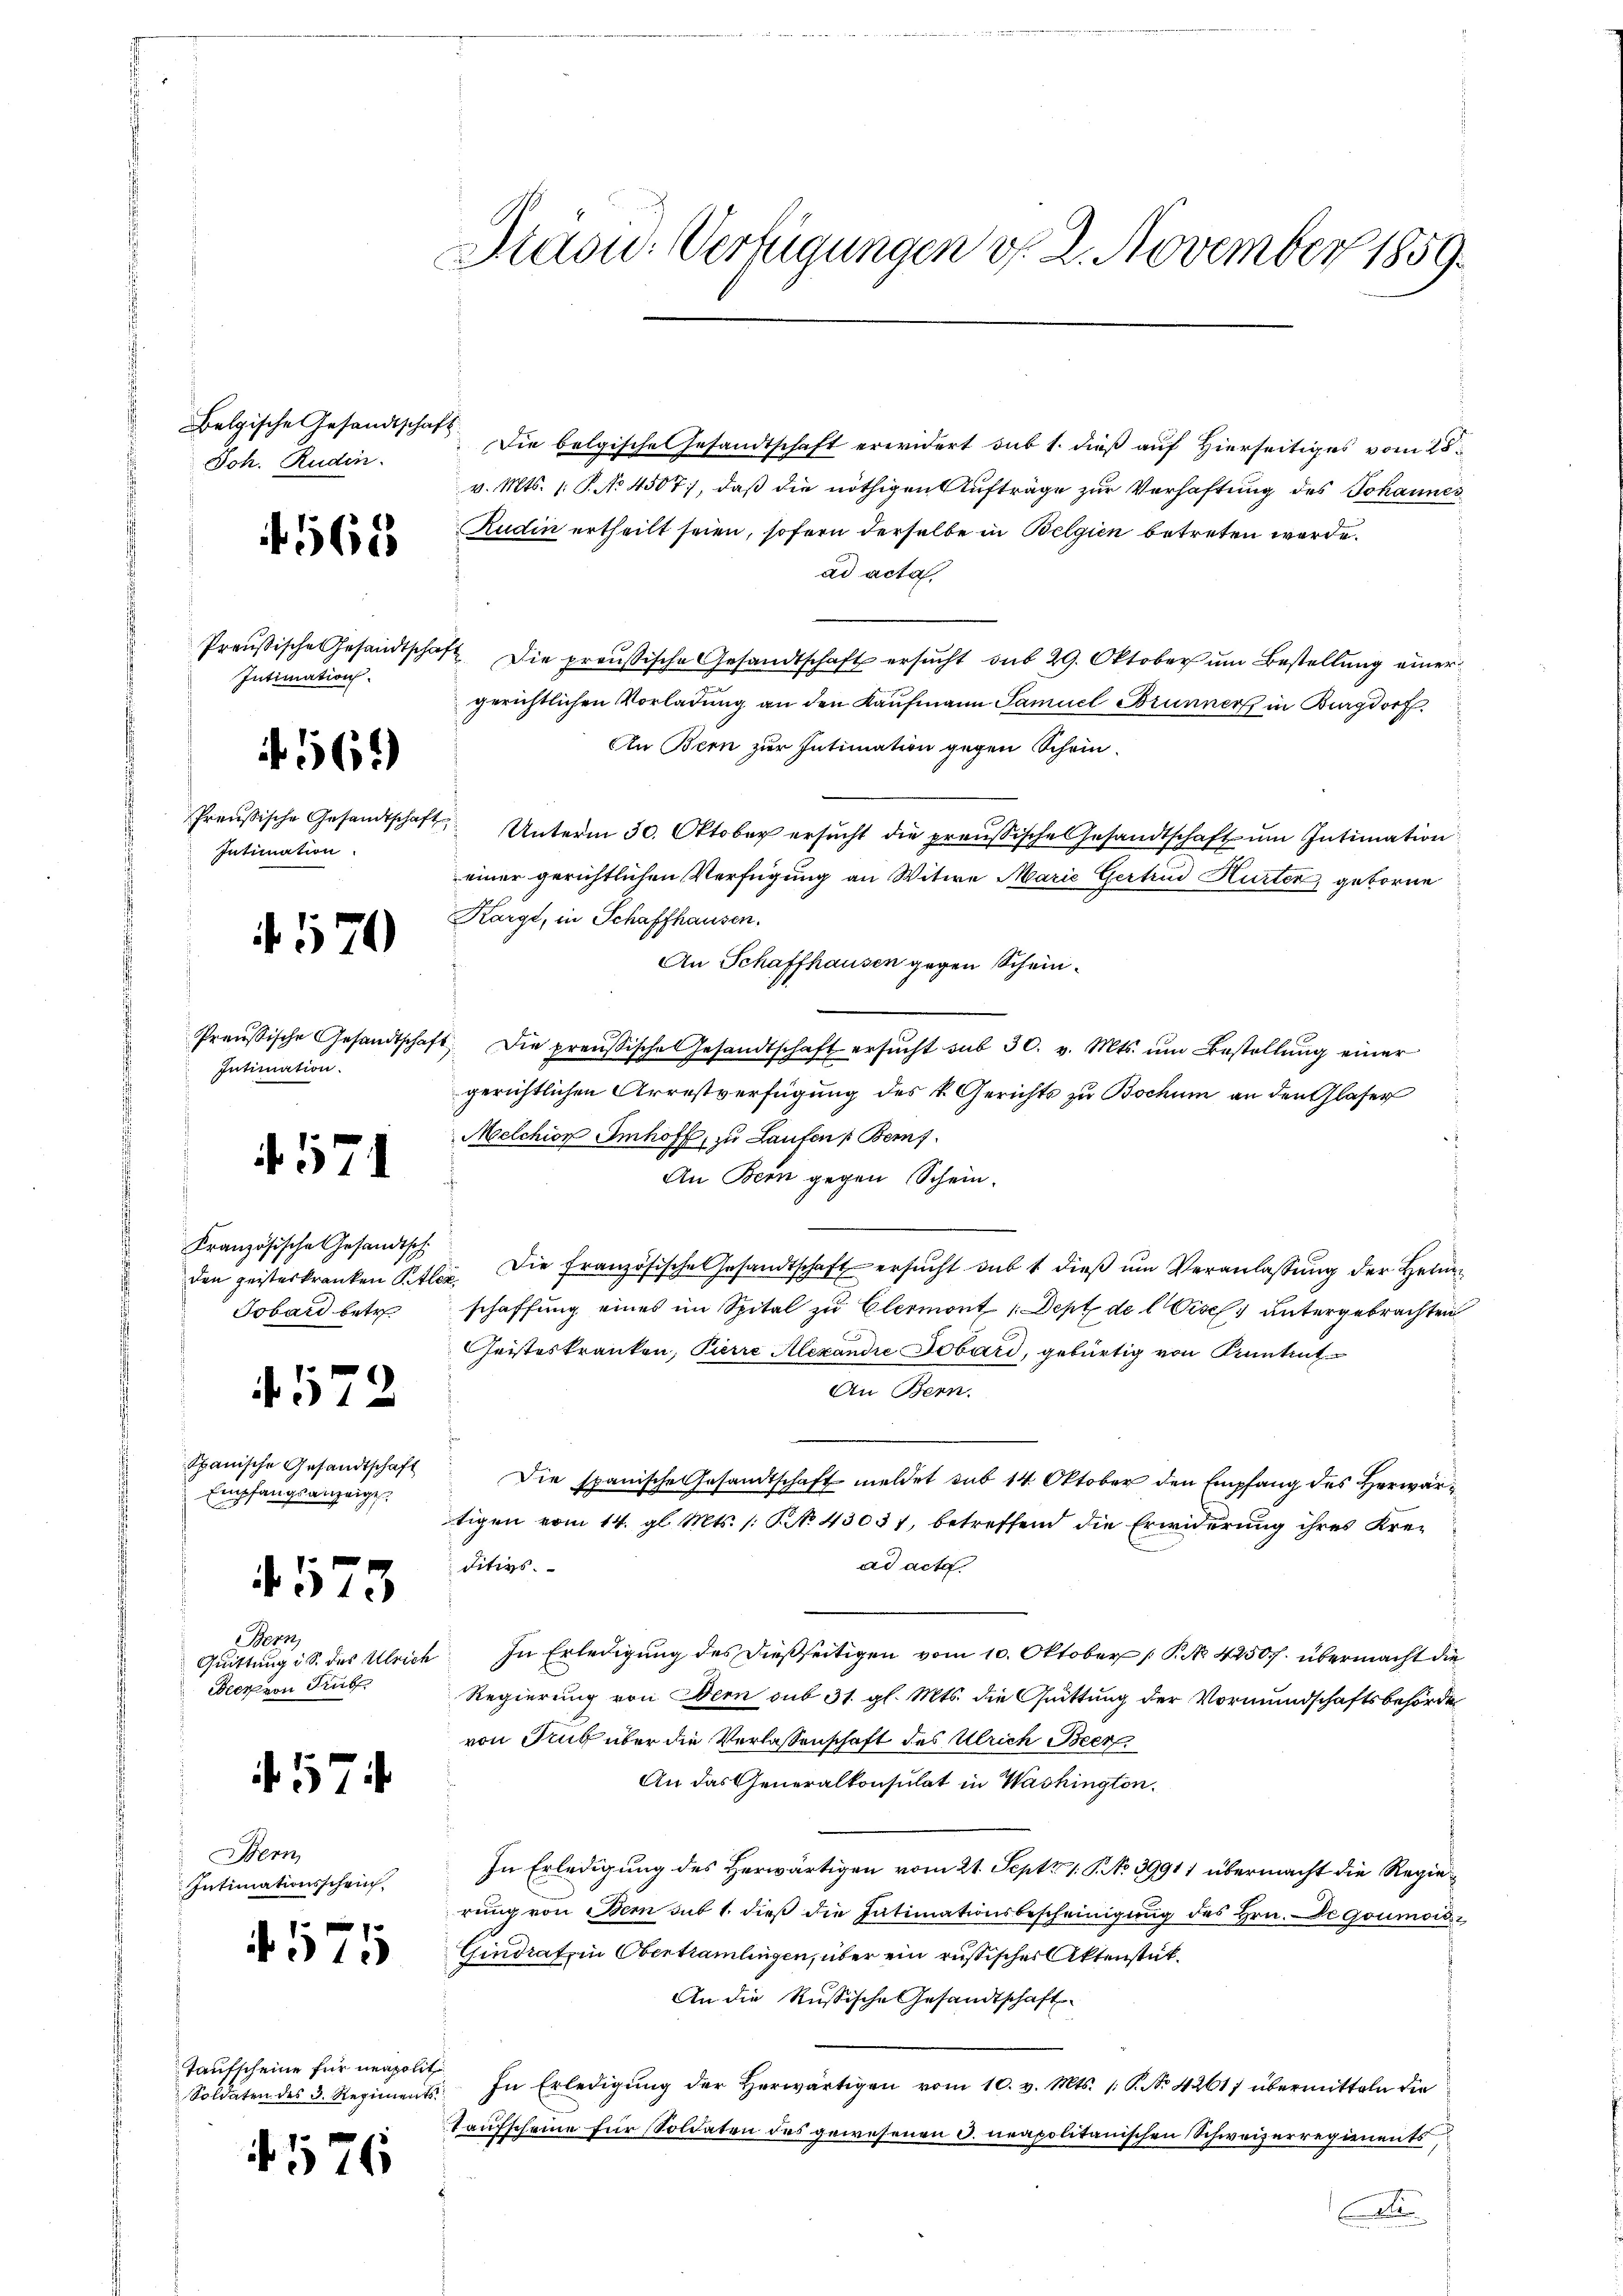
Belgische Gesandtschaft.
Joh. Ruden.

565

Preußische Gesandtsche
Intimation.

165

Intimation.

170

Intimation.

f. 571

Französische Gesandtsch
den geisteskranken Ste
Jobard betr

572

Spanische Gesandtschaft
Empfangsanzeige

4573

Bern
Quittung i S. des Ulrich
Meer von Trib

574

Bern
Intimationsschein

. 575

Taufscheine für neapoliti

f. 576

Stasu. Verfügungen v. 2. November 1859.

Die belgische Gesandtschaft erwidert sub 1. dieß auf Hierseitiges vom 28.
v. Mts. 1. P. No 4507), daß die nöthigen Aufträge zur Verhaftung des Johannes
Rudin ertheilt seien, sofern derselbe in Belgien betreten werde.
ad acta,
2 Die preußische Gesandtschaft ersucht sub 29. Oktober um Bestellung einer
gerichtlichen Vorladung an den Kaufmann Samuel Brunner in Burgdor
An Bern zur Intimation gegen Schein.
Preußische Gesandtschaft Unterm 30. Oktober ersŭcht die preußische Gesandtschaft ŭm Intimation
einer gerichtlichen Verfügung an Witwe Marie Gertrud Hurter, geborne
Kargt, in Schaffhausen.
An Schaffhausen gegen Schein¬
Preußische Gesandtschaft. Die preußische Gesandtschaft ersŭcht sub 30. v. Mts. ŭm Bestellŭng einer
gerichtlichen Arrestverfügung des k. Gerichts zu Bochum an den Glaser
Melchion Imhoff, zu Laufen Bem
An Bern gegen Schein.
s
die. Die französische Gesandtschaft ersucht sub 1 dieß um Veranlassung der Heinschaffung eines im Spital zu Clermont (Dept de l. Visch untergebrachten
Geisteskranken, Pierre Alexandre Dobard, gebürtig von Kenntent
An Bern.
Die spanische Gesandtschaft meldet sub 14. Oktober den Empfang des Herwärtigen vom 14. gl. Mts. /: No 43037, betreffend die Erwiderung ihres Kread acta
Fitizs
 In Erledigung des dießseitigen vom 10. Oktober 1 P. No. 4250 f. übermacht die
Regierung von Bern sub 31. gl. Mts. die Quittung der Vormundschaftsbehörder
von Ruf über die Verlassenschaft des Ulrich Beer
An das Generalkonsulat in Washington.
In Erledigung des Herwärtigen vom 21. Sept 1. N. No 39911 übermacht die Regierŭng von Bem sub 1. dieβ die Intimationsbescheinigŭng des Hrn. De Goumois¬
Gindratzin Obertramlingen, über ein russischer Aktenstük¬
An die Russische Gesandtschaft
Soldaten des 3. Regiments. In Erledigŭng der herwärtigen vom 10. v. Mts. (: P. No. 42617 übermitteln die
taufscheine für Soldaten des gewesenen 3. neapolitanischen Schweizerregienents
e